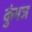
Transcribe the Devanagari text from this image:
कुंभज